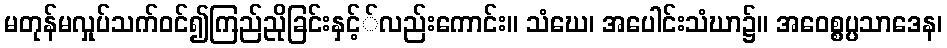
မတုန်မလှုပ်သက်ဝင်၍ကြည်ညိုခြင်းနှင့််လည်းကောင်း။ သံဃေ၊ အပေါင်းသံဃာ၌။ အဝေစ္စပ္ပသာဒေန၊